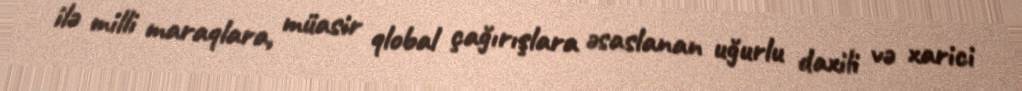
ilə milli maraqlara, müasir qlobal çağırışlara əsaslanan uğurlu daxili və xarici